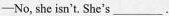
——No, she isn't. She's___.